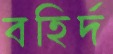
বহির্দ